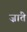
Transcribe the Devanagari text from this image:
ज़ांते